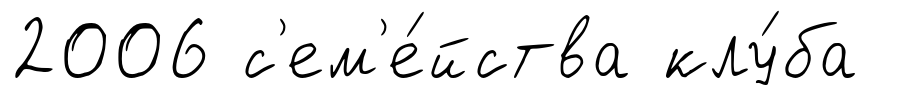
2006 с'ем'е́йства клу́ба